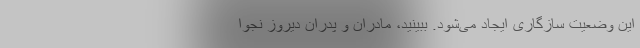
این وضعیت سازگاری ایجاد می‌شود. ببینید، مادران و پدران دیروز نجوا